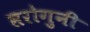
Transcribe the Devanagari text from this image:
सरोगुनी